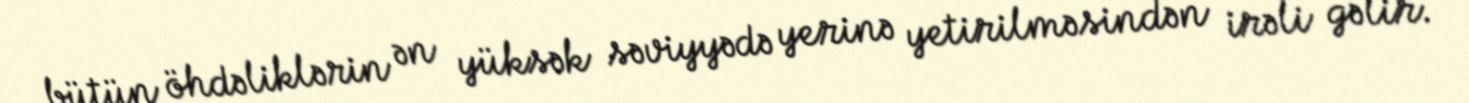
bütün öhdəliklərin ən yüksək səviyyədə yerinə yetirilməsindən irəli gəlir.